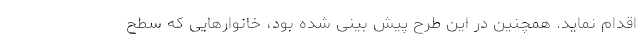
اقدام نماید. همچنین در این طرح پیش بینی شده بود، خانوارهایی که سطح